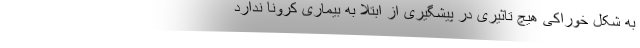
به شکل خوراکی هیچ تاثیری در پیشگیری از ابتلا به بیماری کرونا ندارد